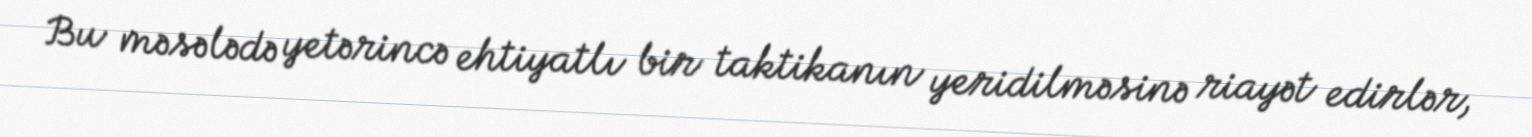
Bu məsələdə yetərincə ehtiyatlı bir taktikanın yeridilməsinə riayət edirlər,